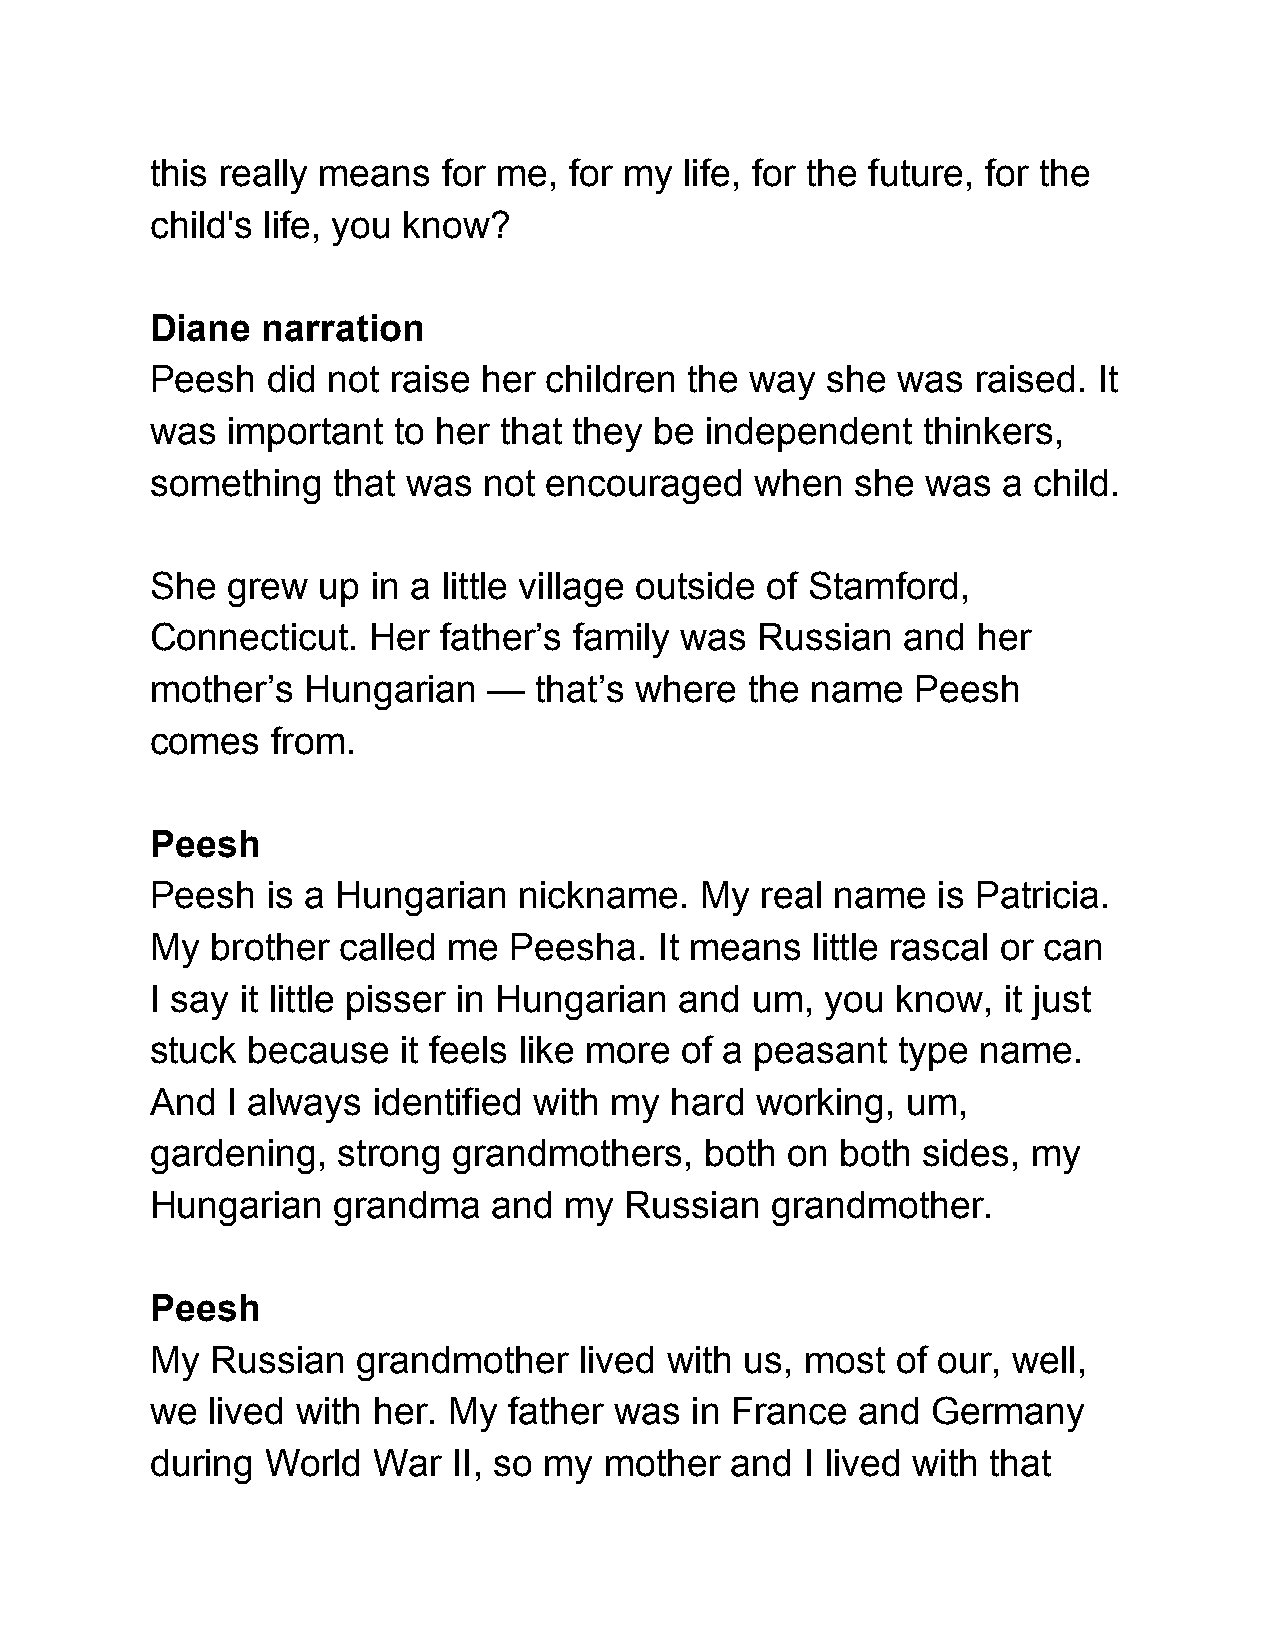
this really means  for me,  for my life, for the future, for the
 child's life, you know?
 Diane  narration
 Peesh   did not raise her children  the way  she was   raised. It
 was  important  to her that they be  independent   thinkers,
 something   that was  not encouraged    when   she was  a child.
 She  grew  up  in a little village outside of Stamford,
 Connecticut.  Her  father’s family was  Russian   and  her
 mother’s  Hungarian   —  that’s where   the name   Peesh
 comes   from.
 Peesh
 Peesh   is a Hungarian  nickname.   My  real name   is Patricia.
 My  brother called  me  Peesha.   It means  little rascal or can
 I say it little pisser in Hungarian and um,  you know,   it just
 stuck because   it feels like more of a peasant  type  name.
 And  I always  identified with my hard  working,  um,
 gardening,  strong  grandmothers,    both on  both sides, my
 Hungarian   grandma    and my  Russian   grandmother.
 Peesh
 My  Russian   grandmother   lived with us, most  of our, well,
 we  lived with her. My  father was  in France  and  Germany
 during  World  War  II, so my mother  and  I lived with that